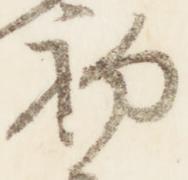
初